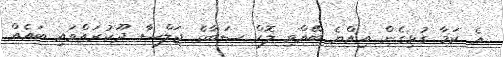
އެ ކަމާ ގުޅިގެން އިއްޔެ ބޭއްވި ލޮކް ސަބާގެ ޖަލްސާ ދޫކުރައްވައި ބައެއް